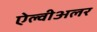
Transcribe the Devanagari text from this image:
ऐल्वीअलर